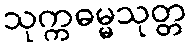
သုက္ကဓမ္မသုတ္တ